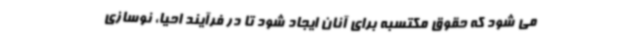
می شود که حقوق مکتسبه برای آنان ایجاد شود تا در فرآیند احیا، نوسازی